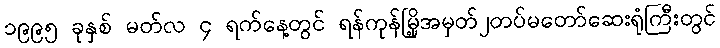
၁၉၉၅ ခုနှစ် မတ်လ ၄ ရက်နေ့တွင် ရန်ကုန်မြို့အမှတ်၂တပ်မတော်ဆေးရုံကြီးတွင်